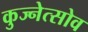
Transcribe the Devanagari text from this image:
कुज्नेत्सोव